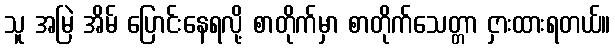
သူ အမြဲ အိမ် ပြောင်းနေရလို့ စာတိုက်မှာ စာတိုက်သေတ္တာ ငှားထားရတယ်။